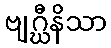
ဗျဂ္ဃီနိသာ